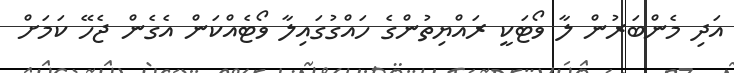
އަދި މެންބަރުން ލާ ވޯޓަކީ ރައްޔިތުންގެ ހައްގުގައިލާ ވޯޓެއްކަން އެގެން ޖެހޭ ކަމަށް